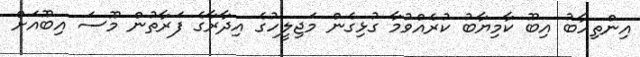
އިންތިހާބު އިބޫ ކާމިޔާބު ކުރެއްވުމާ ގުޅިގެން މަޖިލީހުގެ އިދާރާގެ ފަރާތުން މޫސަ އިބޫއަށް